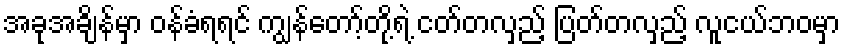
အခုအချိန်မှာ ဝန်ခံရရင် ကျွန်တော့်တို့ရဲ့ ငတ်တလှည့် ပြတ်တလှည့် လူငယ်ဘဝမှာ